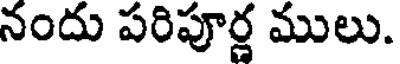
నందు పరిపూర్ణ ములు.